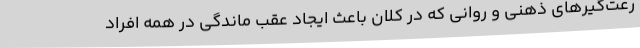
رعت‌گیرهای ذهنی و روانی که در کلان باعث ایجاد عقب ماندگی در همه افراد